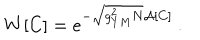
W [ C ] = e ^ { - \sqrt { { g _ { Y M } ^ { 2 } N } } \mathcal { A } [ C ] } \: .